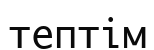
тептім